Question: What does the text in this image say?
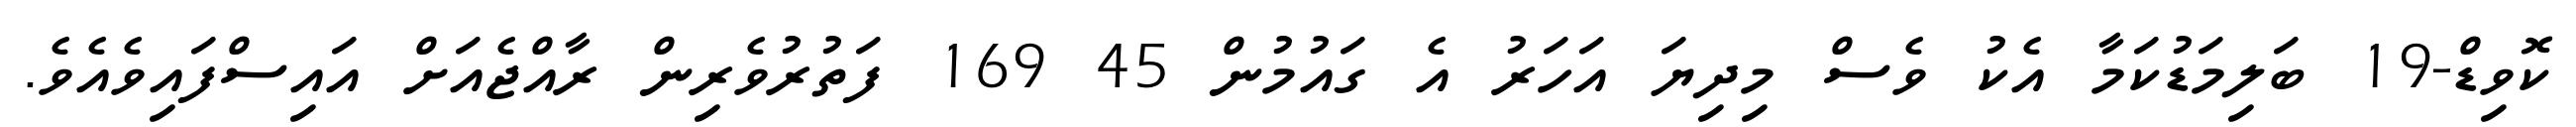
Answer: ކޮވިޑް-19 ބަލިމަޑުކަމާ އެކު ވެސް މިދިޔަ އަހަރު އެ ގައުމުން 45 169 ފަތުރުވެރިން ރާއްޖެއަށް އައިސްފައިވެއެވެ.